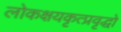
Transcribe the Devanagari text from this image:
लोकक्षयकृत्प्रवृद्धो